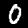
Label: 0